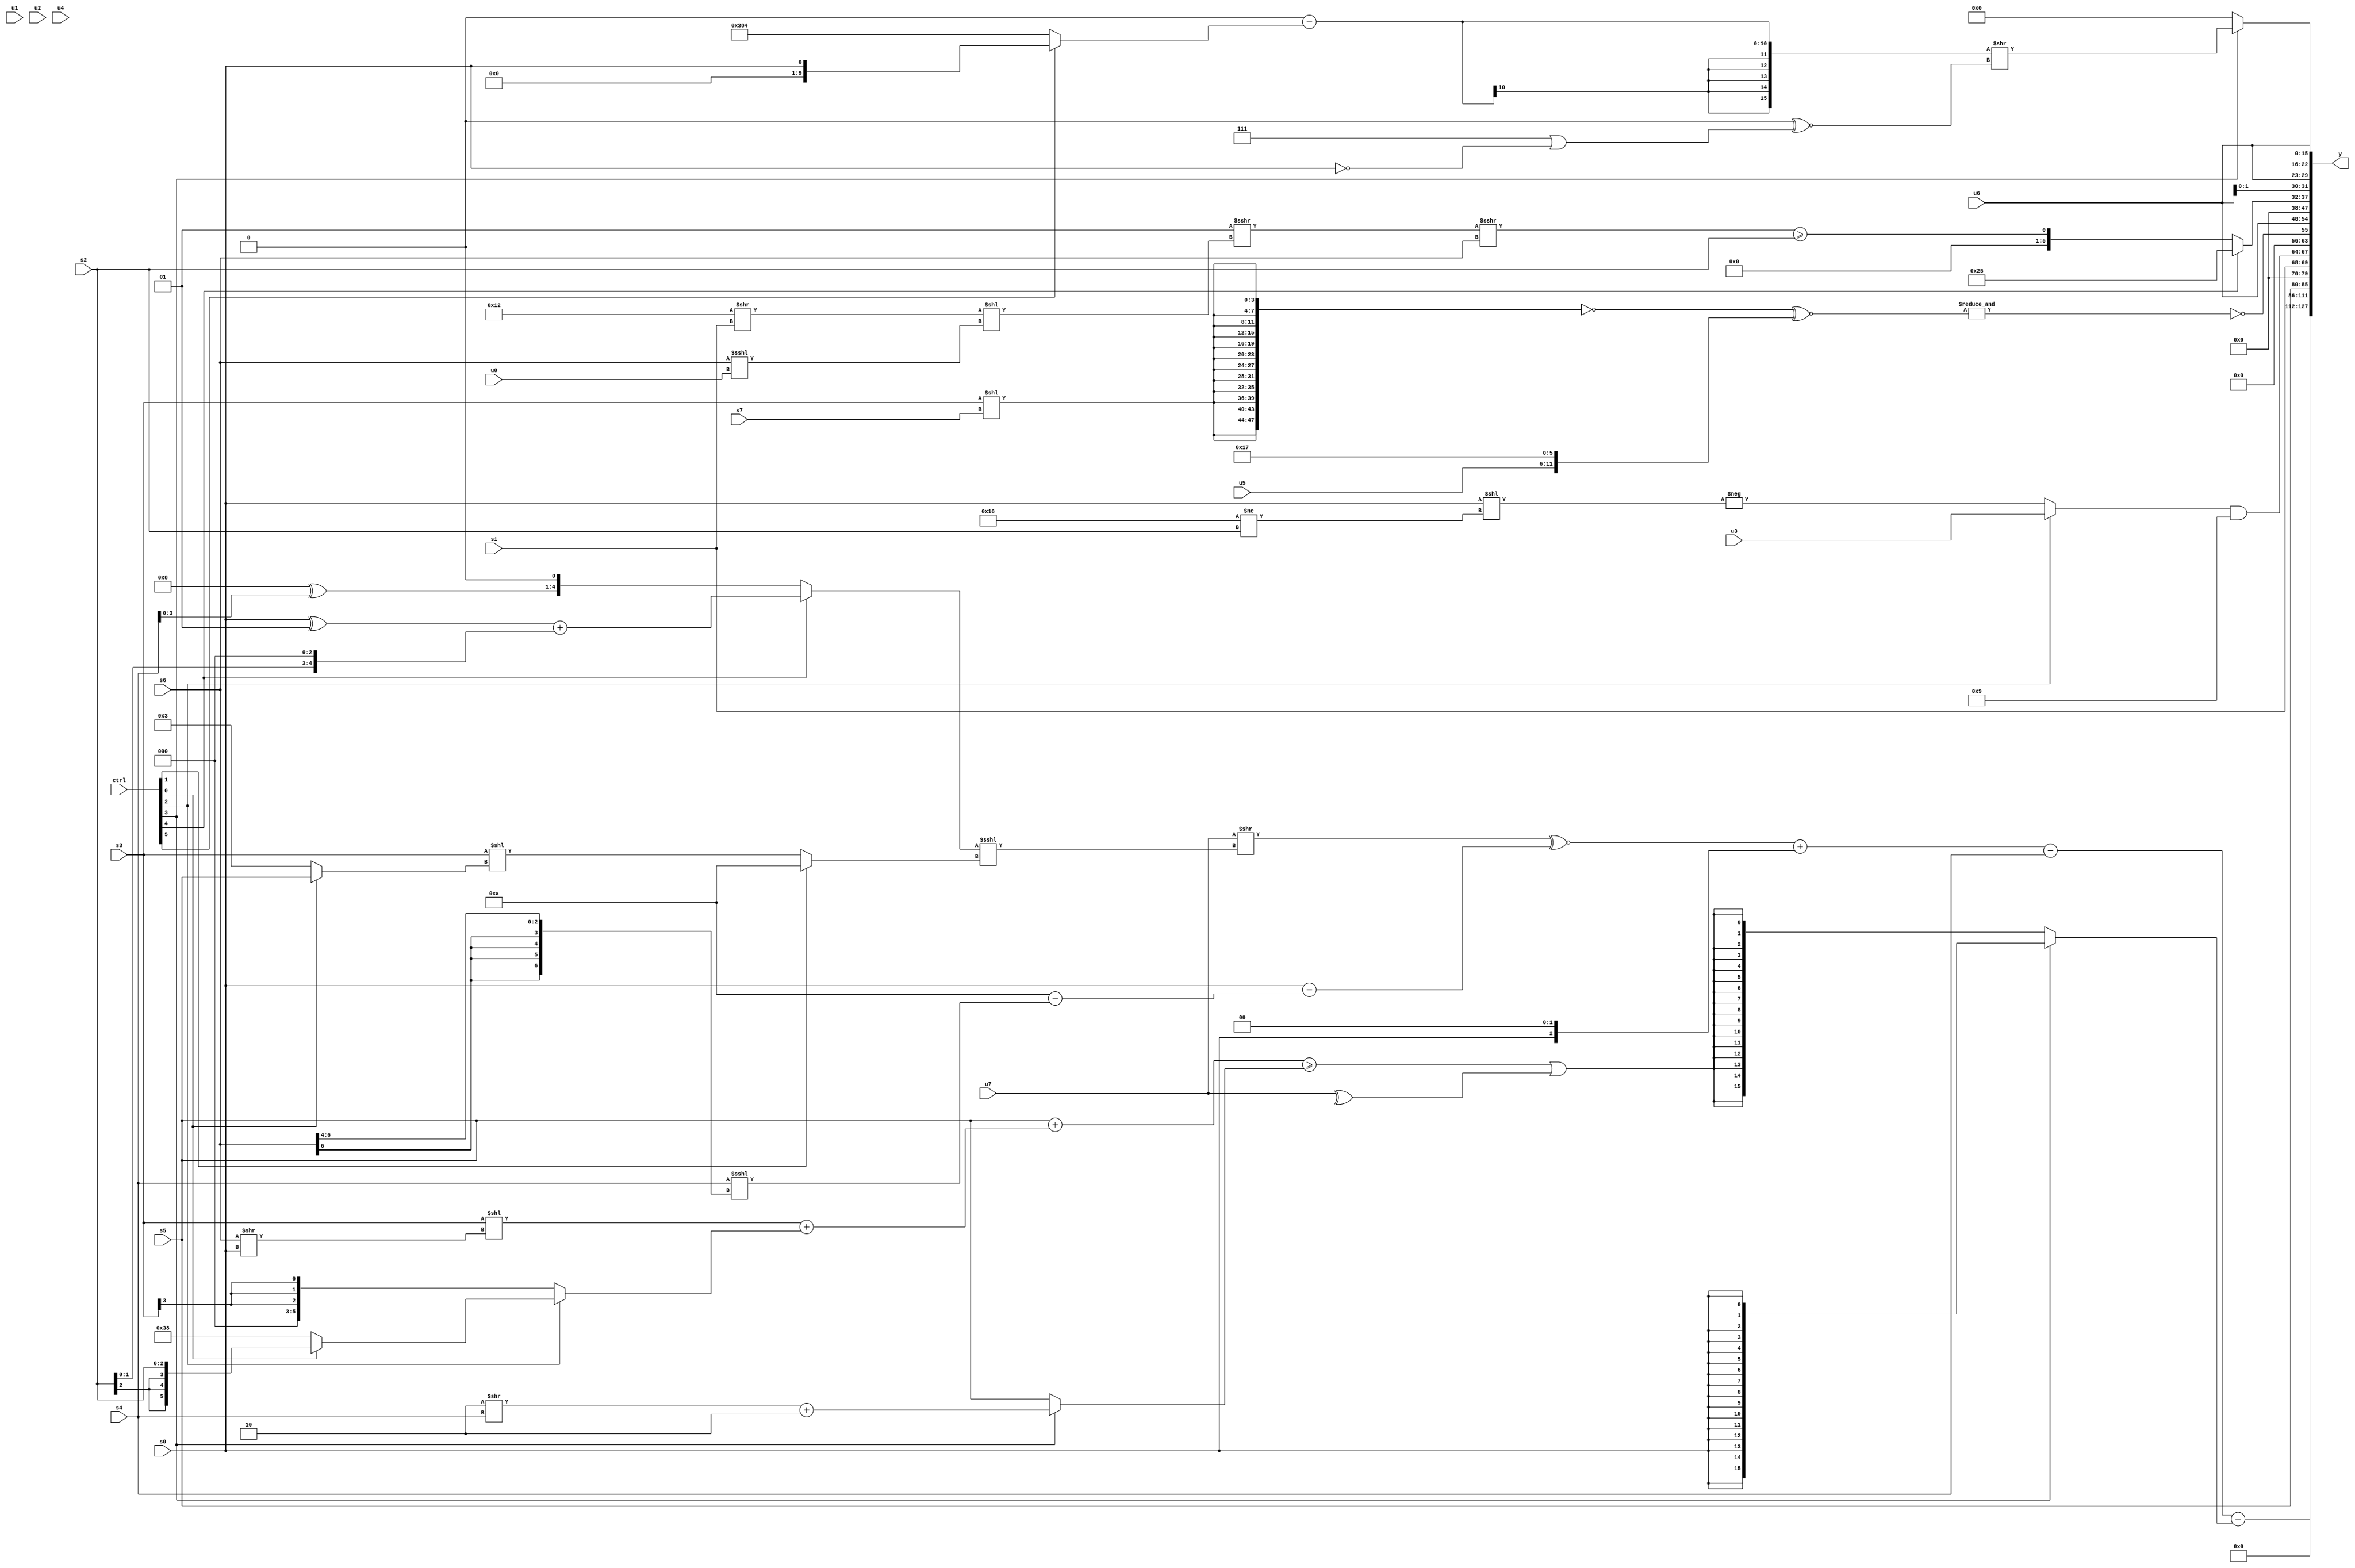
module wideexpr_00663(ctrl, u0, u1, u2, u3, u4, u5, u6, u7, s0, s1, s2, s3, s4, s5, s6, s7, y);
  input [7:0] ctrl;
  input [0:0] u0;
  input [1:0] u1;
  input [2:0] u2;
  input [3:0] u3;
  input [4:0] u4;
  input [5:0] u5;
  input [6:0] u6;
  input [7:0] u7;
  input signed [0:0] s0;
  input signed [1:0] s1;
  input signed [2:0] s2;
  input signed [3:0] s3;
  input signed [4:0] s4;
  input signed [5:0] s5;
  input signed [6:0] s6;
  input signed [7:0] s7;
  output [127:0] y;
  wire [15:0] y0;
  wire [15:0] y1;
  wire [15:0] y2;
  wire [15:0] y3;
  wire [15:0] y4;
  wire [15:0] y5;
  wire [15:0] y6;
  wire [15:0] y7;
  assign y = {y0,y1,y2,y3,y4,y5,y6,y7};
  assign y0 = ((((($signed(u7))>>(((ctrl[4]?((s0)^(2'sb01))+((s2)<<<(2'sb11)):((5'sb11000)^(s4))<<(4'sb0001)))<<<((ctrl[1]?-(5'sb10110):($signed(s3))<<((ctrl[0]?s5:3'sb011))))))^~((s0)-((6'sb001010)-((s4)<<<(((s6)<<<(3'sb000))>>>(3'sb100))))))+((s0)<<(-(2'sb10))))-($signed($unsigned(s4))))-((ctrl[3]?s0:($signed((($signed(s5))+(((s3)<<((s6)>>(s0)))+((ctrl[2]?(ctrl[0]?s2:6'sb111000):(s3)>>(5'sb00011)))))>=((ctrl[3]?((-(3'sb010))>>($signed(s4)))+(($signed(2'sb10))>>>(2'sb00)):s5))))|($signed(^({1{u7}})))));
  assign y1 = 3'sb000;
  assign y2 = {1{s5}};
  assign y3 = {s1,($signed($signed((ctrl[2]?u3:-(($signed(s0))<<((5'sb10110)!=(s2)))))))&({+(4'b1001)})};
  assign y4 = {~&((!({4{{3{(s3)<<(s7)}}}}))^~({u5,+(6'sb010111)})),u6};
  assign y5 = (ctrl[4]?$signed({$signed($signed(6'sb100101))}):+(($signed((((2'sb01)>>>(3'b000))>>>(($signed((5'sb10010)>>(s1)))<<(($signed(s6))<<<(+(u0)))))>>>(s6)))>=(s2)));
  assign y6 = {4{u6}};
  assign y7 = (ctrl[3]?(((((1'sb0)<<(2'sb11))<<<((3'sb011)-(4'b1000)))>>(({4'b0010,1'b1})>>(5'sb10100)))-($signed((ctrl[5]?{1{s0}}:{3'sb111,6'sb000010,1'sb0}))))>>($unsigned(({(s0)<<<(5'b11110)})^~((4'sb0111)|(~&(s0))))):+($unsigned(((4'sb0100)>>>(|(5'sb11111)))&(2'sb01))));
endmodule